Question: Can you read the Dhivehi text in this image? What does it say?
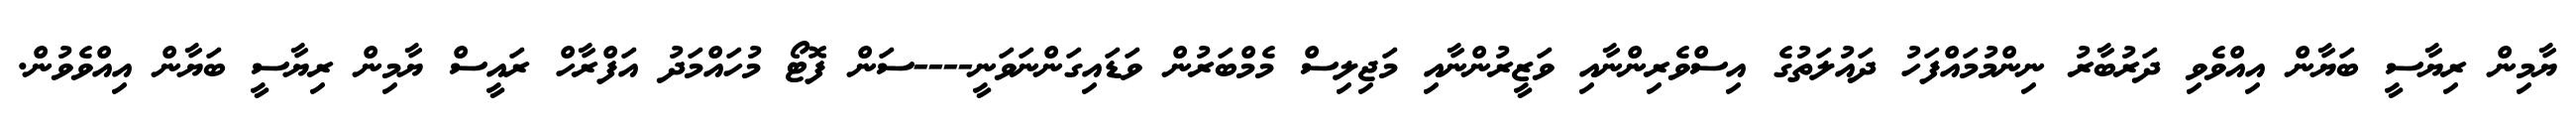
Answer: ޔާމިން ރިޔާސީ ބަޔާން އިއްވެވި ދަރުބާރު ނިންމުމައްފަހު ދައުލަތުގެ އިސްވެރިންނާއި ވަޒީރުންނާއި މަޖިލިސް މެމްބަރުން ވަޑައިގަންނަވަނީ----ސަން ފޮޓޯ މުހައްމަދު އަފްރާހް ރައީސް ޔާމިން ރިޔާސީ ބަޔާން އިއްވެވުން.